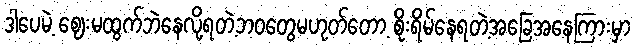
ဒါပေမဲ့ ဈေးမထွက်ဘဲနေလို့ရတဲ့ဘဝတွေမဟုတ်တော့ စိုးရိမ်နေရတဲ့အခြေအနေကြားမှာ